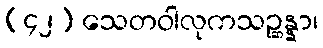
(၄၂) သေတဝါလုကသဉ္ဆန္နာ၊